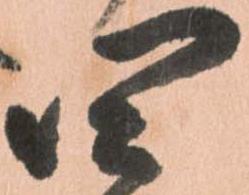
四